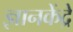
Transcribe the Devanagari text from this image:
ज्ञानकेंद्रे